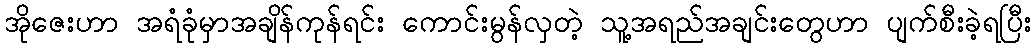
အိုဇေးဟာ အရံခုံမှာအချိန်ကုန်ရင်း ကောင်းမွန်လှတဲ့ သူ့အရည်အချင်းတွေဟာ ပျက်စီးခဲ့ရပြီး